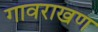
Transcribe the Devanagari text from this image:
गावराखण